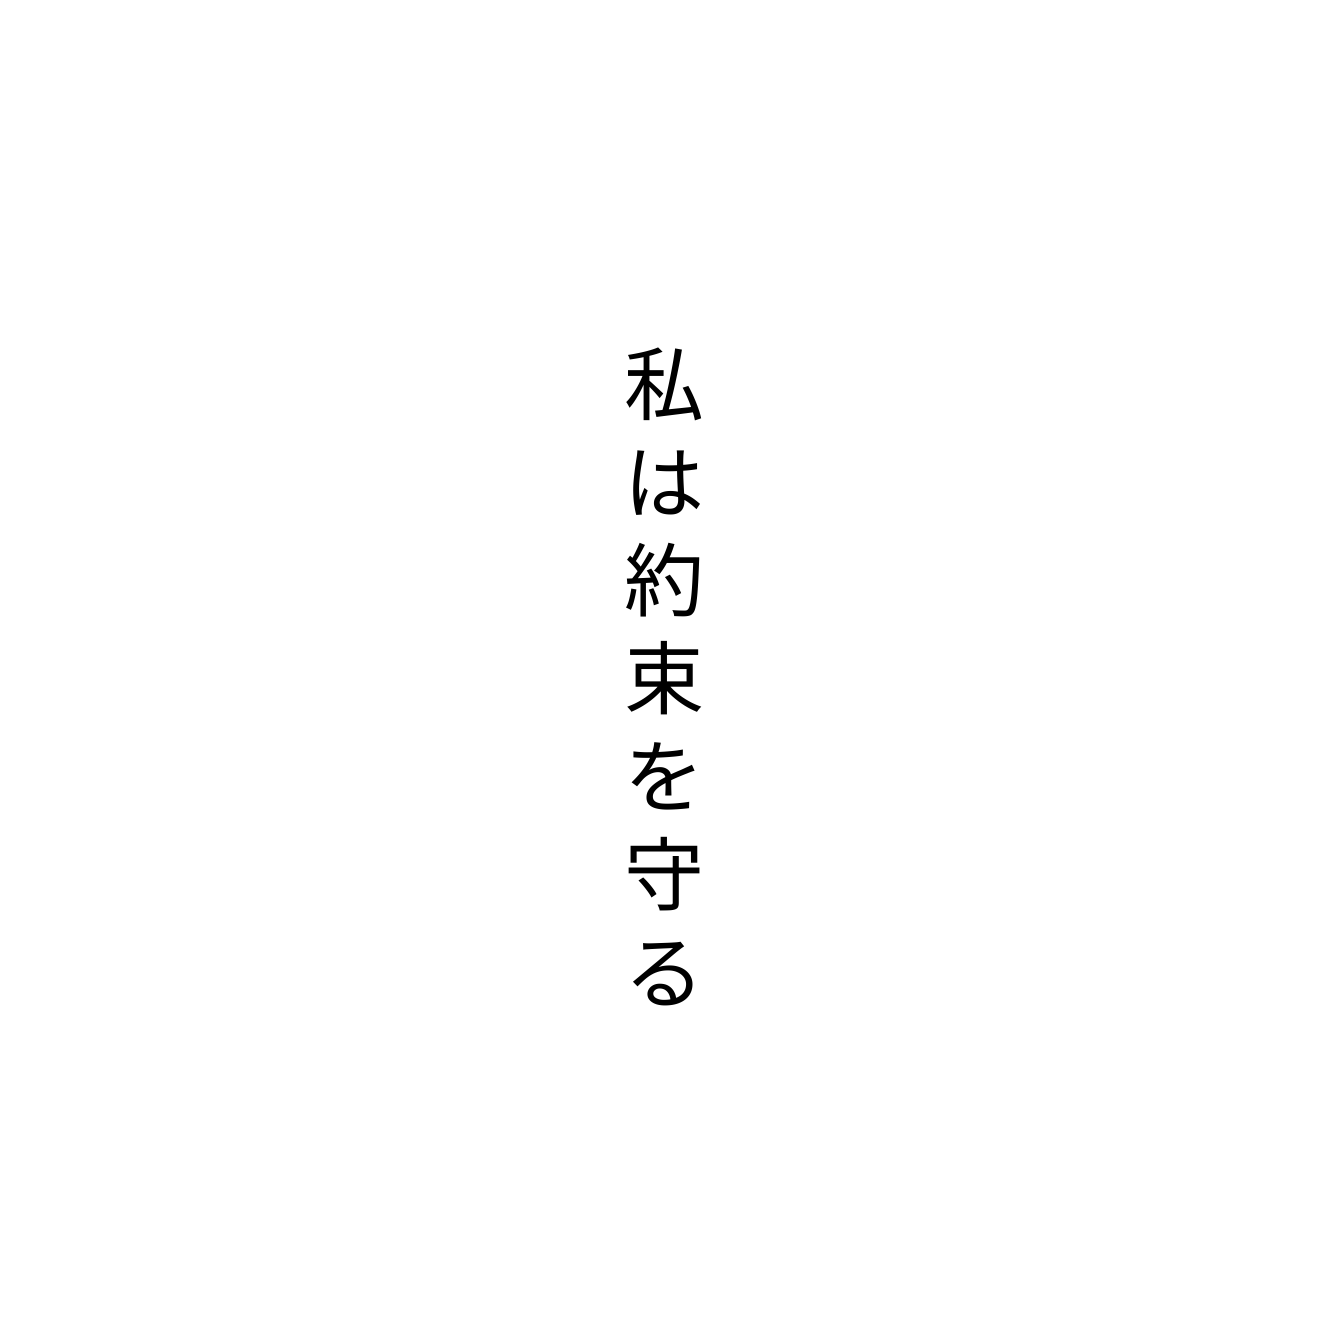
私は約束を守る